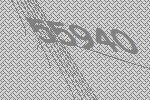
55940